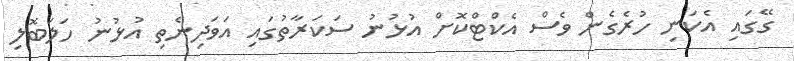
ގޭގައި އެކަނި ހުރެގެން ވެސް އެކްޓްކޮށް އުޅުނު ސަކަރާތުގައި އަވަދިނެތި އުޅުނު ހަލަބޮލި